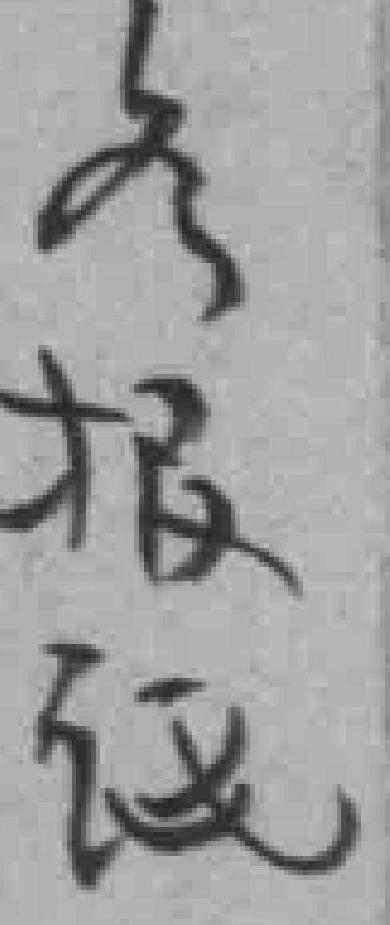
各报纸